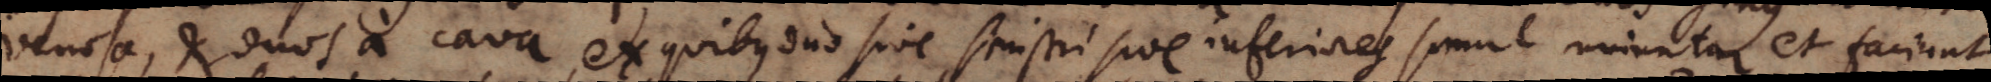
venosa, et duos a cava, ex quibus duo sive sinistri sive inferiores simul uniuntur et faciunt